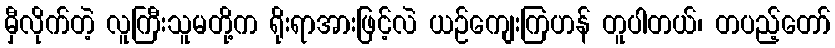
မှီလိုက်တဲ့ လူကြီးသူမတို့က ရိုးရာအားဖြင့်လဲ ယဉ်ကျေးကြဟန် တူပါတယ်၊ တပည့်တော်